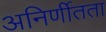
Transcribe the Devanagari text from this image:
अनिर्णीतता